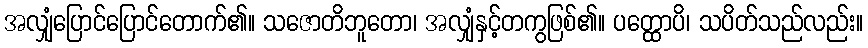
အလျှံပြောင်ပြောင်တောက်၏။ သဇောတိဘူတော၊ အလျှံနှင့်တကွဖြစ်၏။ ပတ္ထောပိ၊ သပိတ်သည်လည်း။